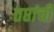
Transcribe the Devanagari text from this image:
तप्तांची